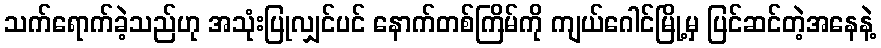
သက်ရောက်ခဲ့သည်ဟု အသုံးပြုလျှင်ပင် နောက်တစ်ကြိမ်ကို ကျယ်ဂေါင်မြို့မှ ပြင်ဆင်တဲ့အနေနဲ့